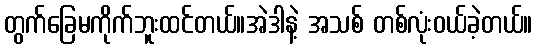
တွက်ခြေမကိုက်ဘူးထင်တယ်။အဲဒါနဲ့ အသစ် တစ်လုံးဝယ်ခဲ့တယ်။